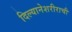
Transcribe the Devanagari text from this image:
दिल्यानेशरीराची